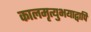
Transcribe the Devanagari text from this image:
कालमृत्युभयाद्वापि